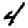
Digit: 4